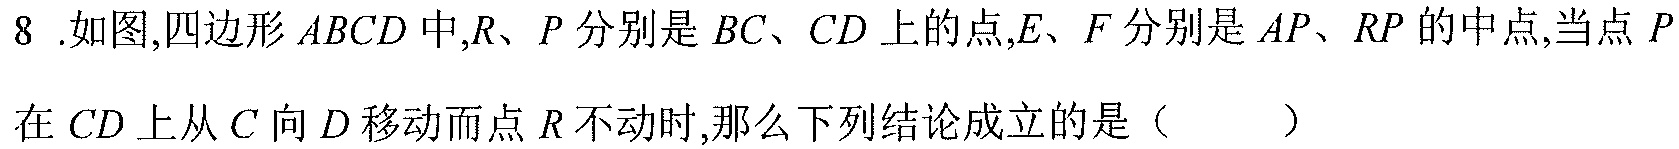
8 .如图,四边形 \(ABCD\) 中,\(R、P\) 分别是 \(BC、CD\) 上的点,\(E、F\) 分别是 \(AP、RP\) 的中点,当点 \(P\) 在 \(CD\) 上从 \(C\) 向 \(D\) 移动而点 \(R\) 不动时,那么下列结论成立的是（  ）